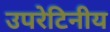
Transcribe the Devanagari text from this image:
उपरेटिनीय